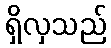
ရှိလှသည်